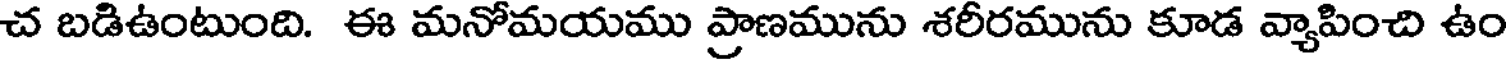
చ బడిఉంటుంది. ఈ మనోమయము ప్రాణమును శరీరమును కూడ వ్యాపించి ఉం